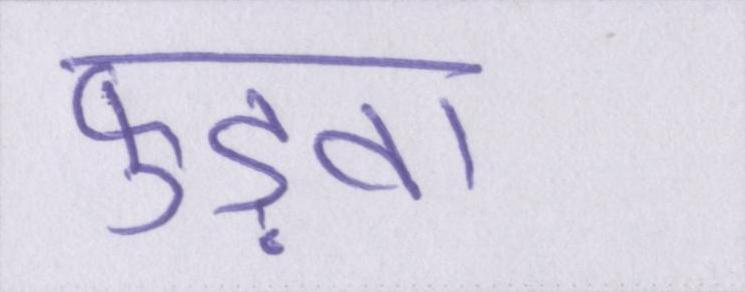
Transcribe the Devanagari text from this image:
फुड़वा